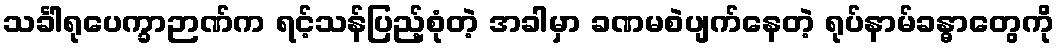
သင်္ခါရုပေက္ခာဉာဏ်က ရင့်သန်ပြည့်စုံတဲ့ အခါမှာ ခဏမစဲပျက်နေတဲ့ ရုပ်နာမ်ခန္ဓာတွေကို